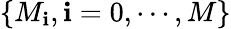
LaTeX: \{ M_{\mathbf{i}},\mathbf{i}=0,\cdots,M\}